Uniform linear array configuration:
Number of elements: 4
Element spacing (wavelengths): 0.5
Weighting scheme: cosine
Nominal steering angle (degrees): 45
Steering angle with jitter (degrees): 45.428
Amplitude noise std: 0.05
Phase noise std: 0.05

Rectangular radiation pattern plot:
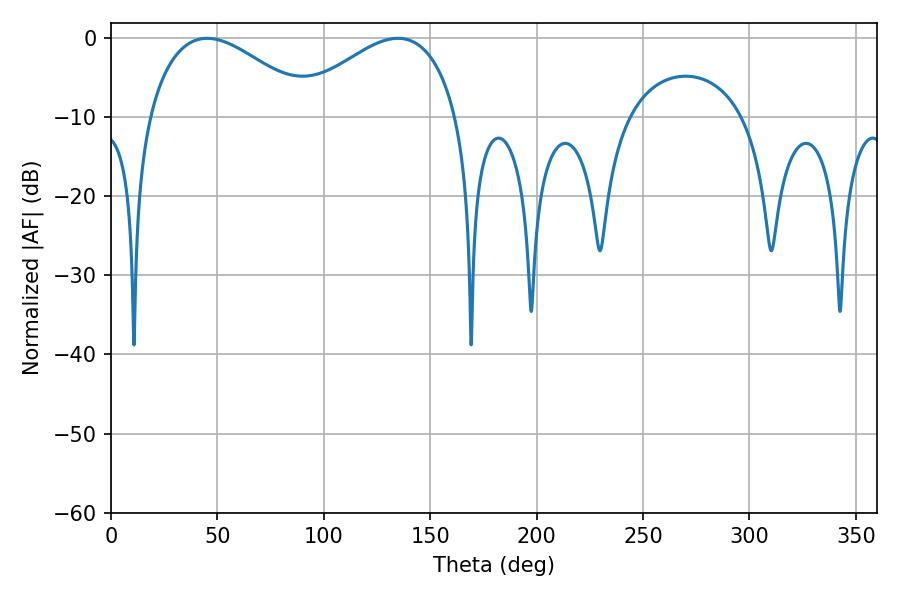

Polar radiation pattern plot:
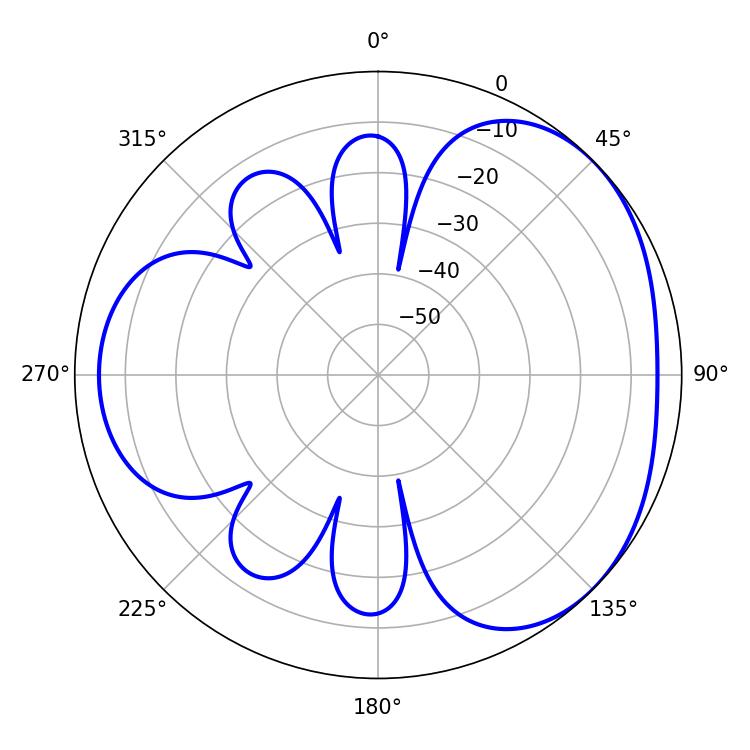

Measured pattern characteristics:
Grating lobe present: FALSE
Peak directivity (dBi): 3.364
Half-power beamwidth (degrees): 42.3
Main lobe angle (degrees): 45.18